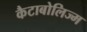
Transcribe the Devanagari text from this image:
कैटाबोलिज्म